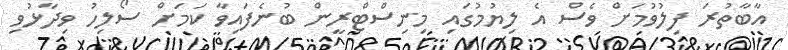
އާބާތުރަ ފިލުވުމަށް ވެސް އެ ލިޔުމުގައި މިނިސްޓްރީން ބުނެފައިވާ ކަމަށް ސޯލިހު ވިދާޅުވި